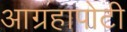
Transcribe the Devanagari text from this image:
आग्रहापोटी